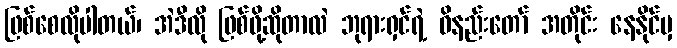
ဖြစ်စေလိုပါတယ်၊ အဲဒီလို ဖြစ်ဖို့ဆိုတာလဲ ဘုရားရှင်ရဲ့ ဝိနည်းတော် အတိုင်း နေနိုင်မှ